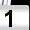
Digit: 1